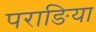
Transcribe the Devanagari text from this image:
पराङिया